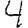
Digit: 4